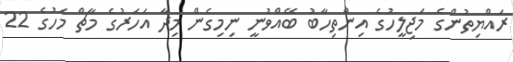
ރައްޔިތުންގެ މަޖިލީހުގެ އިންތިހާބު ބޭއްވުނީ ނިމިގެން މިދާ އަހަރުގެ މާޗް މަހުގެ 22